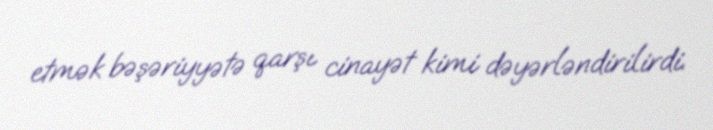
etmək bəşəriyyətə qarşı cinayət kimi dəyərləndirilirdi.